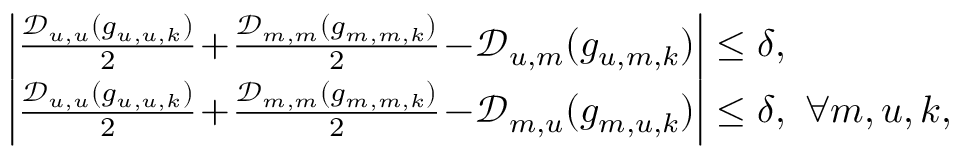
\begin{array} { r l } & { \left| \frac { \mathcal { D } _ { u , u } ( g _ { u , u , k } ) } { 2 } \! + \! \frac { \mathcal { D } _ { m , m } ( g _ { m , m , k } ) } { 2 } \! - \! \mathcal { D } _ { u , m } ( g _ { u , m , k } ) \right| \leq \delta , } \\ & { \left| \frac { \mathcal { D } _ { u , u } ( g _ { u , u , k } ) } { 2 } \! + \! \frac { \mathcal { D } _ { m , m } ( g _ { m , m , k } ) } { 2 } \! - \! \mathcal { D } _ { m , u } ( g _ { m , u , k } ) \right| \leq \delta , ~ \forall m , u , k , } \end{array}